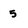
Character: 5